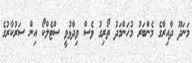
މަނަދޫ ދާއިރާގެ މެންބަރު މުހަންމަދު ތޯރިގު ވެސް ވިދާޅުވީ ސްޓެލްކޯ އިން ސަރުކާރުގެ